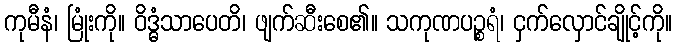
ကုမီနံ၊ မြုံးကို။ ဝိဒ္ဓံသာပေတိ၊ ဖျက်ဆီးစေ၏။ သကုဏပဉ္စရံ၊ ငှက်လှောင်ချိုင့်ကို။